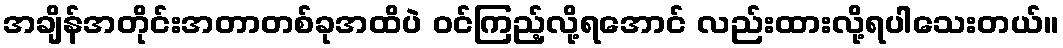
အချိန်အတိုင်းအတာတစ်ခုအထိပဲ ဝင်ကြည့်လို့ရအောင် လည်းထားလို့ရပါသေးတယ်။